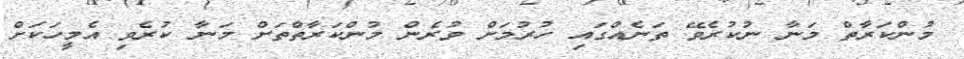
މުންކަރާތް މަނާ ނުކުރެވޭ ތަނެއްގައި ހުރުމަށް ވުރެން މުންކަރާތްތަށް މަނާ ކުރެވި އެމީހަކަށް